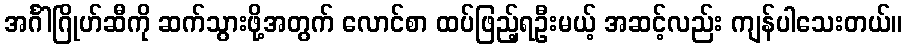
အင်္ဂါဂြိုဟ်ဆီကို ဆက်သွားဖို့အတွက် လောင်စာ ထပ်ဖြည့်ရဦးမယ့် အဆင့်လည်း ကျန်ပါသေးတယ်။